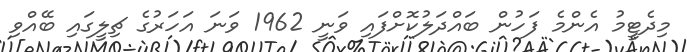
މިދެޓީމު އެންމެ ފަހުން ބައްދަލުކޮށްފައި ވަނީ 1962 ވަނަ އަހަރުގެ ޗިލީގައި ބޭއްވި